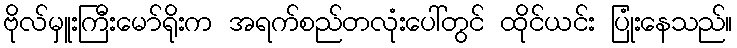
ဗိုလ်မှူးကြီးမော်ရိုးက အရက်စည်တလုံးပေါ်တွင် ထိုင်ယင်း ပြုံးနေသည်။